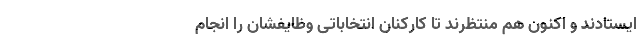
ایستادند و اکنون هم منتظرند تا کارکنان انتخاباتی وظایفشان را انجام